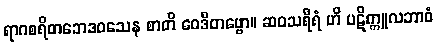
ရာဂစရိတဘေဒဝသေန စာတိ ဝေဒိတဗ္ဗော။ ဆဝသရီရံ ဟိ ပဋိက္ကူလဘာဝံ